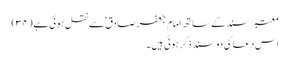
معتبر سند کے ساتھ امام جعفر صادق ؑ سے نقل ہو ئی ہے (۳۴)
اس دعا کی دو سند ذکر ہوئی ہیں ۔